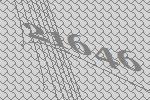
21646